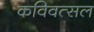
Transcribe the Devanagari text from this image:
कविवत्सल